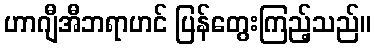
ဟာဂျီအီဘရာဟင် ပြန်တွေးကြည့်သည်။